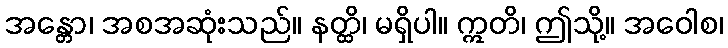
အန္တော၊ အစအဆုံးသည်။ နတ္ထိ၊ မရှိပါ။ ဣတိ၊ ဤသို့။ အဝေါစ၊